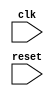
module synchronous_logic (
    input wire clk,
    input wire reset,
    // add any additional input signals here
    
    // add any output signals here
);

    reg [31:0] counter = 0;
    
    always @ (posedge clk) begin
        if (reset) begin
            // reset any signals here
            counter <= 0;
        end else begin
            // perform synchronous operations here
            counter <= counter + 1;
        end
    end

endmodule